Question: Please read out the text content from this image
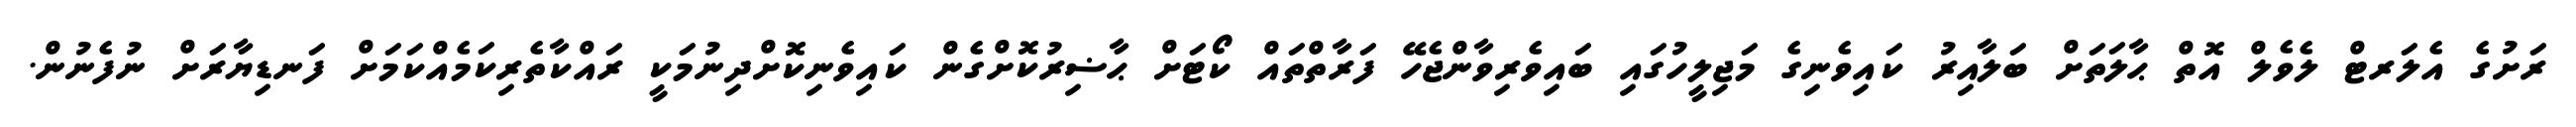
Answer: ރަށުގެ އެލަރޓް ލެވެލް އޮތް ޙާލަތަށް ބަލާއިރު ކައިވެނިގެ މަޖިލީހުގައި ބައިވެރިވާންޖެހޭ ފަރާތްތައް ކޯޓަށް ޙާޟިރުކޮށްގެން ކައިވެނިކޮށްދިނުމަކީ ރައްކާތެރިކަމެއްކަމަށް ފަނޑިޔާރަށް ނުފެނުން.